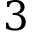
3